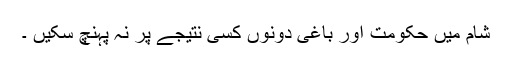
شام میں حکومت اور باغی دونوں کسی نتیجے پر نہ پہنچ سکیں ۔